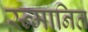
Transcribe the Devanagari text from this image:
स्न्मानित